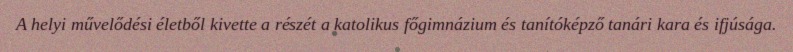
A helyi művelődési életből kivette a részét a katolikus főgimnázium és tanítóképző tanári kara és ifjúsága.